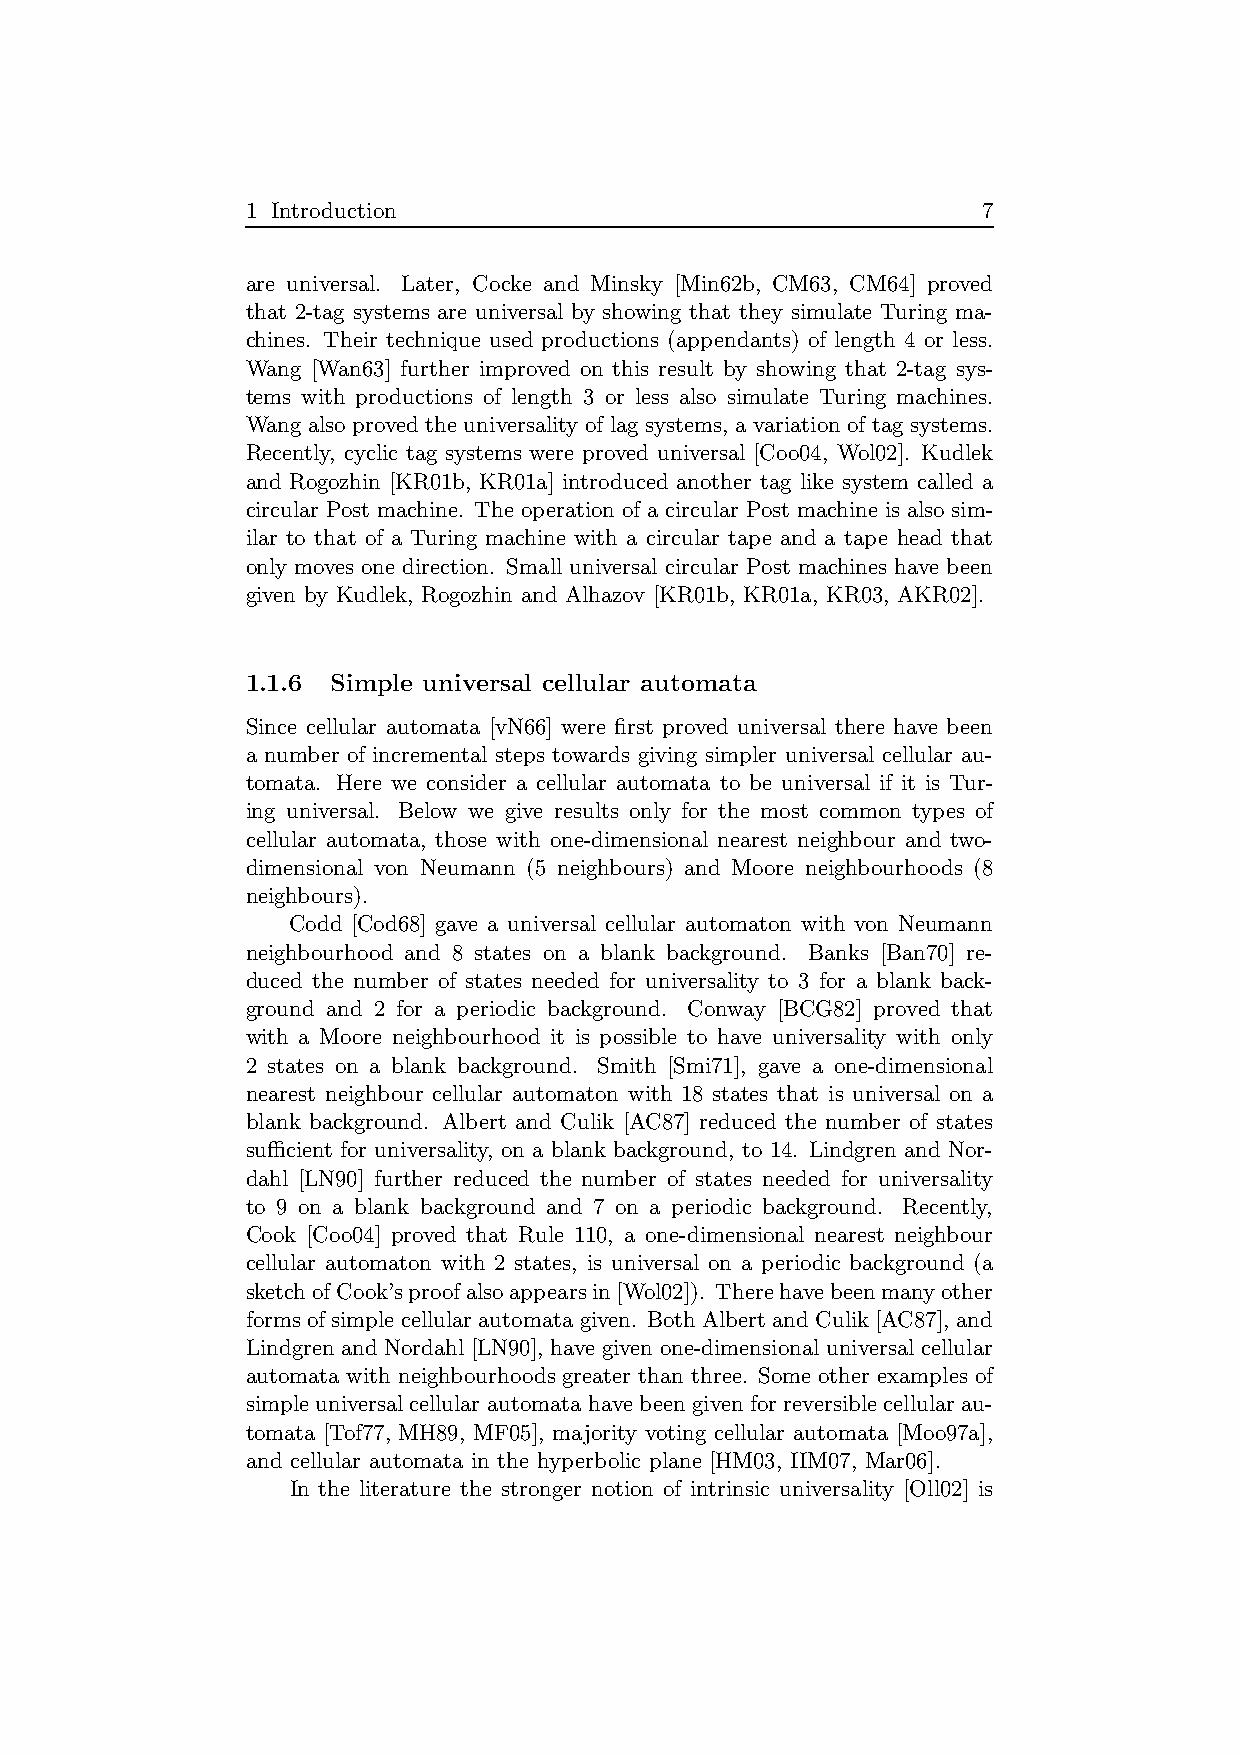
1 Introduction                                   7
 are universal. Later, Cocke and Minsky [Min62b, CM63, CM64] proved
 that 2-tag systems are universal by showing that they simulate Turing ma-
 chines. Their technique used productions (appendants) of length 4 or less.
 Wang [Wan63] further improved on this result by showing that 2-tag sys-
 tems with productions of length 3 or less also simulate Turing machines.
 Wang also proved the universality of lag systems, a variation of tag systems.
 Recently, cyclic tag systems were proved universal [Coo04, Wol02]. Kudlek
 and Rogozhin [KR01b, KR01a] introduced another tag like system called a
 circular Post machine. The operation of a circular Post machine is also sim-
 ilar to that of a Turing machine with a circular tape and a tape head that
 only moves one direction. Small universal circular Post machines have been
 given by Kudlek, Rogozhin and Alhazov [KR01b, KR01a, KR03, AKR02].
 1.1.6 Simple universal cellular automata
 Since cellular automata [vN66] were first proved universal there have been
 a number of incremental steps towards giving simpler universal cellular au-
 tomata. Here we consider a cellular automata to be universal if it is Tur-
 ing universal. Below we give results only for the most common types of
 cellular automata, those with one-dimensional nearest neighbour and two-
 dimensional von Neumann (5 neighbours) and Moore neighbourhoods (8
 neighbours).
 Codd [Cod68] gave a universal cellular automaton with von Neumann
 neighbourhood and 8 states on a blank background. Banks [Ban70] re-
 duced the number of states needed for universality to 3 for a blank back-
 ground and 2 for a periodic background. Conway [BCG82] proved that
 with a Moore neighbourhood it is possible to have universality with only
 2 states on a blank background. Smith [Smi71], gave a one-dimensional
 nearest neighbour cellular automaton with 18 states that is universal on a
 blank background. Albert and Culik [AC87] reduced the number of states
 sufficient for universality, on a blank background, to 14. Lindgren and Nor-
 dahl [LN90] further reduced the number of states needed for universality
 to 9 on a blank background and 7 on a periodic background. Recently,
 Cook [Coo04] proved that Rule 110, a one-dimensional nearest neighbour
 cellular automaton with 2 states, is universal on a periodic background (a
 sketchofCook’sproofalsoappearsin[Wol02]). Therehavebeenmanyother
 formsofsimplecellular automata given. Both AlbertandCulik[AC87], and
 Lindgren and Nordahl [LN90], have given one-dimensional universal cellular
 automata with neighbourhoods greater than three. Some other examples of
 simpleuniversalcellular automata have beengiven forreversible cellular au-
 tomata [Tof77, MH89, MF05], majority voting cellular automata [Moo97a],
 and cellular automata in the hyperbolic plane [HM03, IIM07, Mar06].
 In the literature the stronger notion of intrinsic universality [Oll02] is